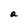
Character: a